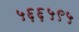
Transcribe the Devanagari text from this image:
५६६५९५